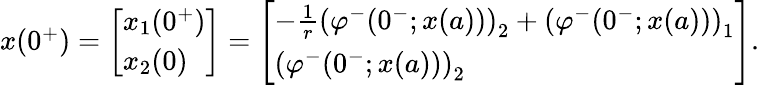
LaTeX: \begin{array}{r}{x(0^{+})=\left[\begin{array}{l}{x_{1}(0^{+})}\\ {x_{2}(0)}\end{array}\right]=\left[\begin{array}{l}{-\frac{1}{r}\left(\varphi^{-}(0^{-};x(a))\right)_{2}+\left(\varphi^{-}(0^{-};x(a))\right)_{1}}\\ {\left(\varphi^{-}(0^{-};x(a))\right)_{2}}\end{array}\right].}\end{array}